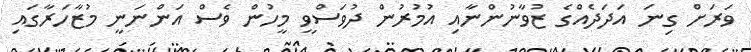
ވަރަށް ގިނަ އަދަދެއްގެ ޒުވާނުންނާއި އުމުރުން ދުވަސްވީ މީހުން ވެސް އަންނަނީ މުޒާހަރާގައި